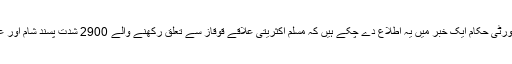
قبل ازیں روسی سیکیورٹی حکام ایک خبر میں یہ اطلاع دے چکے ہیں کہ مسلم اکثریتی علاقے قوقاز سے تعلق رکھنے والے 2900 شدت پسند شام اور عراق میں سرگرم ہیں۔